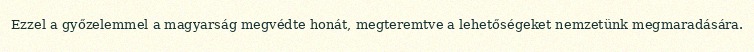
Ezzel a győzelemmel a magyarság megvédte honát, megteremtve a lehetőségeket nemzetünk megmaradására.